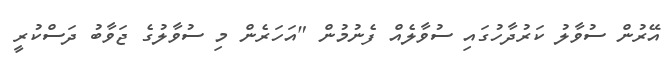
އޭރުން ސުވާލު ކަރުދާހުގައި ސުވާލެއް ފެނުމުން "އަހަރެން މި ސުވާލުގެ ޖަވާބު ދަސްކުރީ